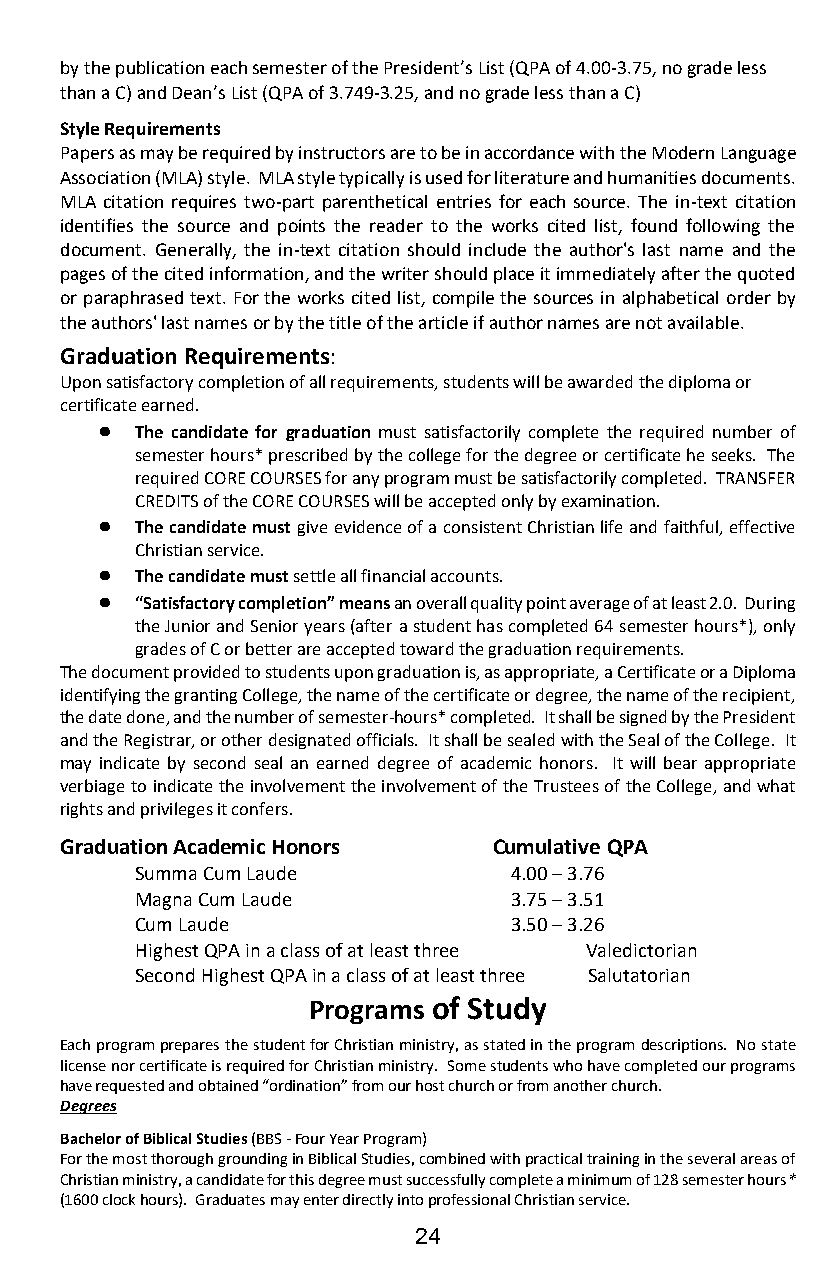
by the publication each semester of the President’s List (QPA of 4.00-3.75, no grade less
 than a C) and Dean’s List (QPA of 3.749-3.25, and no grade less than a C)
 Style Requirements
 Papers as may be required by instructors are to be in accordance with the Modern Language
 Association (MLA) style. MLA style typically is used for literature and humanities documents.
 MLA citation requires two-part parenthetical entries for each source. The in-text citation
 identifies the source and points the reader to the works cited list, found following the
 document. Generally, the in-text citation should include the author's last name and the
 pages of the cited information, and the writer should place it immediately after the quoted
 or paraphrased text. For the works cited list, compile the sources in alphabetical order by
 the authors' last names or by the title of the article if author names are not available.
 Graduation Requirements:
 Upon satisfactory completion of all requirements, students will be awarded the diploma or
 certificate earned.
 ●  The candidate for graduation must satisfactorily complete the required number of
 semester hours* prescribed by the college for the degree or certificate he seeks. The
 required CORE COURSES for any program must be satisfactorily completed. TRANSFER
 CREDITS of the CORE COURSES will be accepted only by examination.
 ●  The candidate must give evidence of a consistent Christian life and faithful, effective
 Christian service.
 ●  The candidate must settle all financial accounts.
 ●  “Satisfactory completion” means an overall quality point average of at least 2.0. During
 the Junior and Senior years (after a student has completed 64 semester hours*), only
 grades of C or better are accepted toward the graduation requirements.
 The document provided to students upon graduation is, as appropriate, a Certificate or a Diploma
 identifying the granting College, the name of the certificate or degree, the name of the recipient,
 the date done, and the number of semester-hours* completed. It shall be signed by the President
 and the Registrar, or other designated officials. It shall be sealed with the Seal of the College. It
 may indicate by second seal an earned degree of academic honors. It will bear appropriate
 verbiage to indicate the involvement the involvement of the Trustees of the College, and what
 rights and privileges it confers.
 Graduation Academic Honors   Cumulative QPA
 Summa Cum Laude          4.00 – 3.76
 Magna Cum Laude          3.75 – 3.51
 Cum Laude                3.50 – 3.26
 Highest QPA in a class of at least three Valedictorian
 Second Highest QPA in a class of at least three Salutatorian
 Programs of Study
 Each program prepares the student for Christian ministry, as stated in the program descriptions. No state
 license nor certificate is required for Christian ministry. Some students who have completed our programs
 have requested and obtained “ordination” from our host church or from another church.
 Degrees
 Bachelor of Biblical Studies (BBS - Four Year Program)
 For the most thorough grounding in Biblical Studies, combined with practical training in the several areas of
 Christian ministry, a candidate for this degree must successfully complete a minimum of 128 semester hours*
 (1600 clock hours). Graduates may enter directly into professional Christian service.
 24